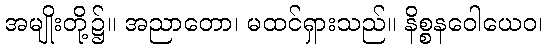
အမျိုးတို့၌။ အညာတော၊ မထင်ရှားသည်။ နိစ္စနဝေါယေဝ၊